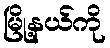
မြို့နယ်ကို